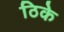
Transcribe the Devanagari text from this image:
ठिके